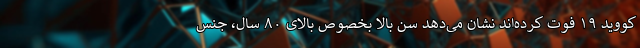
کووید ۱۹ فوت کرده‌اند نشان می‌دهد سن بالا بخصوص بالای ۸۰ سال، جنس